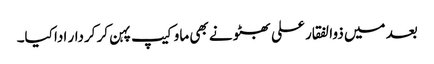
بعد میں ذوالفقار علی بھٹو نے بھی ماو کیپ پہن کر کردار ادا کیا۔